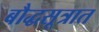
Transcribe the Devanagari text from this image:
बौद्धसूत्रात